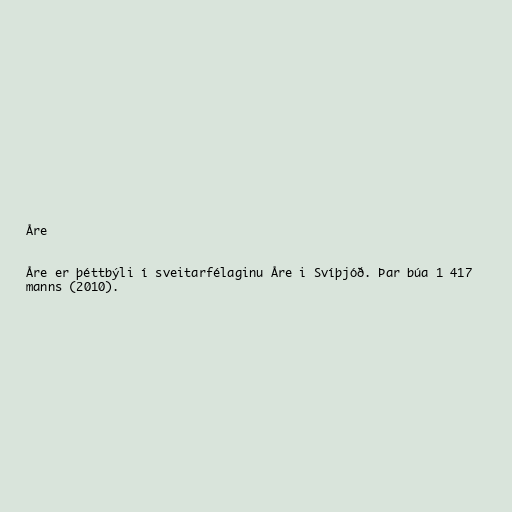
Åre

Åre er þéttbýli í sveitarfélaginu Åre i Svíþjóð. Þar búa 1 417
manns (2010).